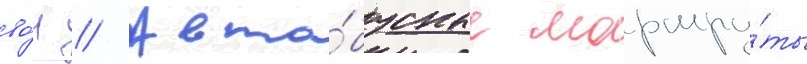
во́н // Авто́бусные маршру́ты